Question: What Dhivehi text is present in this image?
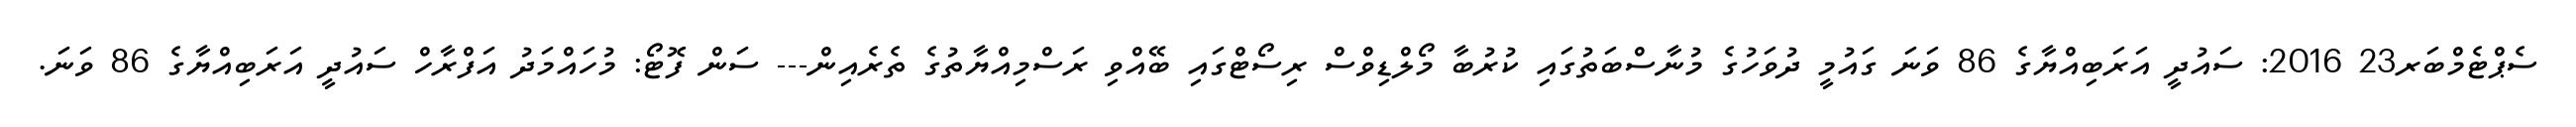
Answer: ސެޕްޓެމްބަރ23 2016: ސައުދީ އަރަބިއްޔާގެ 86 ވަނަ ގައުމީ ދުވަހުގެ މުނާސްބަތުގައި ކުރުބާ މޯލްޑިވްސް ރިސޯޓްގައި ބޭއްވި ރަސްމިއްޔާތުގެ ތެރެއިން--- ސަން ފޮޓޯ: މުހައްމަދު އަފްރާހް ސައުދީ އަރަބިއްޔާގެ 86 ވަނަ.